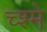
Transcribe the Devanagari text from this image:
च्श्मे